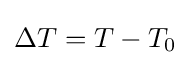
\Delta T=T-T_{0}